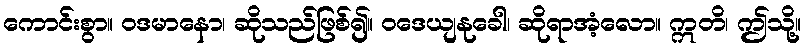
ကောင်းစွာ။ ဝဒမာနော၊ ဆိုသည်ဖြစ်၍။ ဝဒေယျနုခေါ၊ ဆိုရာအံ့လော။ ဣတိ၊ ဤသို့။